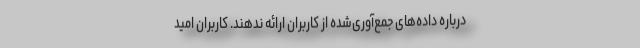
درباره‌ داده‌های جمع‌آوری‌شده از کاربران ارائه ندهند. کاربران امید